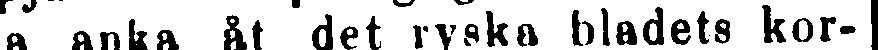
a anka åt det ryska bladets kor-